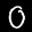
Label: 0